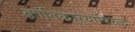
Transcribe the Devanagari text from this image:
क्रांतिकाऱ्यांविरुद्ध